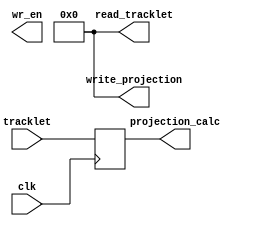
`timescale 1ns / 1ps
//////////////////////////////////////////////////////////////////////////////////
// Company: 
// Engineer: 
// 
// Design Name: 
// Module Name:    Projection_Calculation 
// Project Name: 
// Target Devices: 
// Tool versions: 
// Description: 
//
// Dependencies: 
//
// Revision: 
// Revision 0.01 - File Created
// Additional Comments: 
//
//////////////////////////////////////////////////////////////////////////////////
module Projection_Calculation(
    input clk,
	 input [53:0] tracklet,
	 output [8:0] read_tracklet,
	 output reg [8:0] write_projection,
	 output wr_en,
	 output reg [53:0] projection_calc
    );

	parameter NUM_TKL = 0;
	parameter rproj = 16'h86a;
	
	assign read_tracklet 	= 9'b0;
	initial
		write_projection = 0;

   /*
    Hint 1:
    In combination with the algorithm presented in the whitepaper, this
    is the code you will try to implement from a C++ version into Verilog.
    Note that the number of C++ steps might correspond to one or more 
    Verilog steps.
    
    Remember to pipeline!

    Projections:
    int it1=0.5*rproj*irinv;
    int it2=(it1>>9)*(it1>>9);
    int it3=(1<<20)+((it2*488)>>25);  
    int it4=(it1>>8)*(it3>>10);
    pre_iphiproj=iphi0-(it4>>10);
    iphiproj = pre_iphiproj >> 2; // This is to compensate for the different widths of phi in the inner and outer layers
    int it5=it*irproj;
    int it6=(it5>>9)*(it3>>9);
    izproj=iz0+(is6>>12); 
    iphider=-0.5*irinv;
    izder=it;
    
    Hint 2:
    The resutls from these calculations are very dependent on the bit
    assigment of the intermediate steps. The sizes we have come up with
    are given as a hint, but better solutions could be possible.
    
    Bit Sizes:
    it1 : 30 bits
    it2 : 31 bits
    it3 : 22 bits
    it4 : 28 bits
    it5 : 26 bits
    it6 : 31 bits
    
    */

   
	always @(posedge clk) begin
		projection_calc 	<= tracklet;
		write_projection 	<= 9'b0;
	end

	
		
		

endmodule